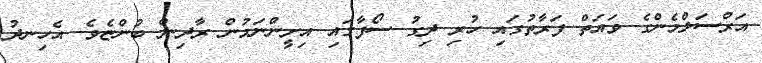
އަރްސަލްމެންގެ ވައަތް ފަރާތުގައި ހުރި ދިގު ސޯފާގައި އިށީންނަމުން ރާދިން ބުންޏެވެ. އެހިނދު